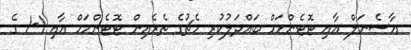
އާސެނަލް އާއި ޓޮޓެންހަމް ބައްދަލުކުރި މެޗުގެ ތެރެއިން ޓޮޓެންހަމް އާއި 1-1 ގެ